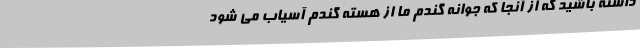
داشته باشید که از آنجا که جوانه گندم ما از هسته گندم آسیاب می شود